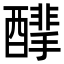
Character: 䤏